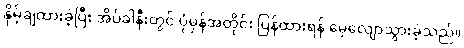
နှိမ့်ချထားခဲ့ပြီး အိပ်ခါနီးတွင် ပုံမှန်အတိုင်း ပြန်ထားရန် မေ့လျောသွားခဲ့သည်။